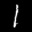
Label: 1